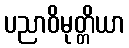
ပညာဝိမုတ္တိယာ